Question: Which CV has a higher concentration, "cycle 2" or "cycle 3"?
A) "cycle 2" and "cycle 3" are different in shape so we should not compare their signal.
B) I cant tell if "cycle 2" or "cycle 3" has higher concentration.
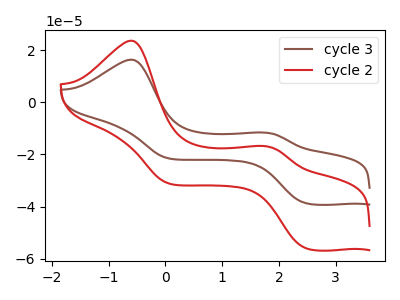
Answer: <think>The brown curve "cycle 3" has anodic peaks at (-0.60V, 16.30uA) (1.75V, -11.60uA) and cathodic peaks at (2.50V, -38.70uA) (0.05V, -21.50uA). The red curve "cycle 2" has anodic peaks at (-0.60V, 23.55uA) (1.75V, -16.80uA) and cathodic peaks at (2.50V, -55.95uA) (0.05V, -31.05uA).
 All the peaks in "cycle 2" have a peak in "cycle 3" at the same potential.</think>
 <answer>B) I cant tell if "cycle 2" or "cycle 3" has higher concentration.</answer>
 <eval>B</eval>